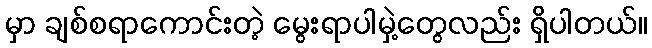
မှာ ချစ်စရာကောင်းတဲ့ မွေးရာပါမှဲ့တွေလည်း ရှိပါတယ်။